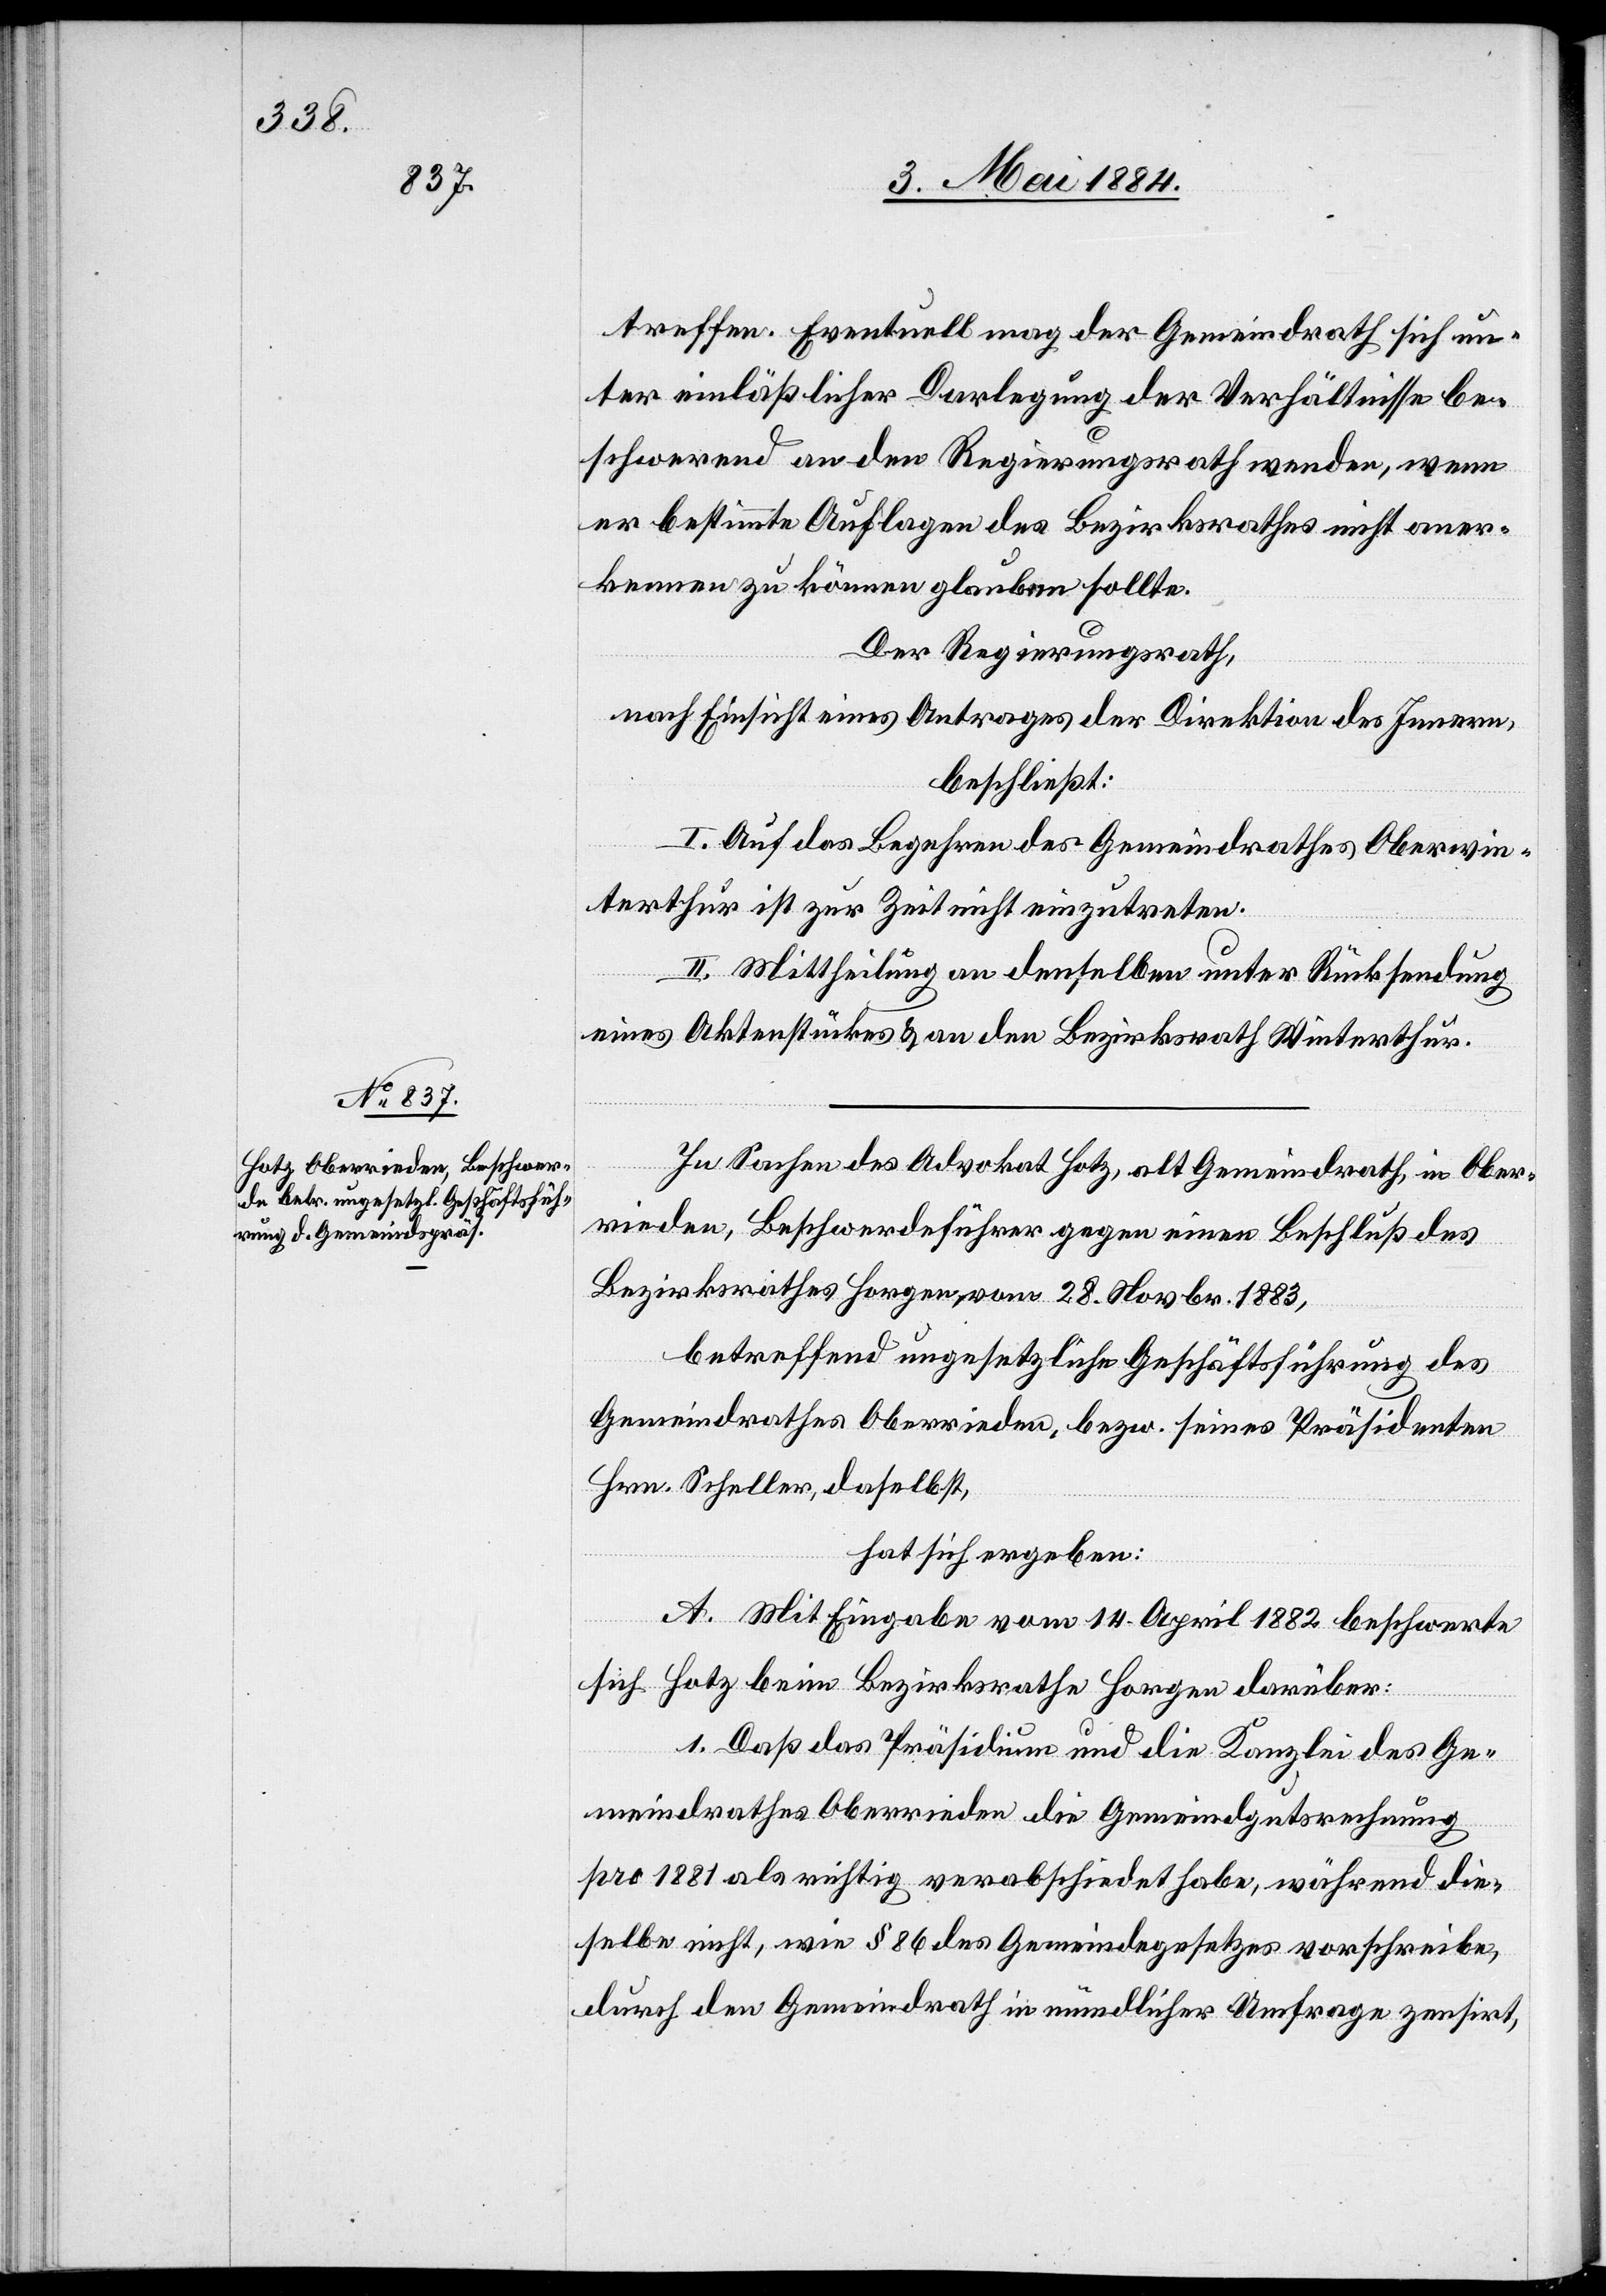
treffen. Eventuell mag der Gemeindrath sich un¬
ter einläßlicher Darlegung der Verhältnisse be¬
schwerend an den Regierungsrath wenden, wenn
er bestimmte Auflagen des Bezirkrathes nicht aner¬
kennen zu können glauben sollte.
Der Regierungsrath,
nach Einsicht eines Antrages der Direktion des Innern,
beschließt:
I. Auf das Begehren des Gemeindrathes Oberwin¬
terthur ist zur Zeit nicht einzutreten.
II. Mittheilung an denselben unter Rücksendung
eines Aktenstückes & an den Bezirksrath Winterthur.
In Sachen des Advokat Hotz, alt Gemeindrath, in Ober¬
rieden, Beschwerdeführer gegen einen Beschluß des
Bezirksrathes Horgen, vom 28. Novbr. 1883,
betreffend ungesetzliche Geschäftsführung des
Gemeindrathes Oberrieden, bezw. seines Präsidenten
Hrn. Scheller, daselbst,
hat sich ergeben:
A. Mit Eingabe vom 14. April 1882 beschwerte
sich Hotz beim Bezirksrathe Horgen darüber:
1. Daß das Präsidium und die Kanzlei des Ge¬
meindrathes Oberrieden die Gemeindgutsrechnung
pro 1881 als richtig verabschiedet habe, während die¬
selbe nicht, wie § 86 des Gemeindesgesetzes vorschreibe,
durch den Gemeindrath in mündlicher Umfrage zensirt,